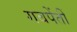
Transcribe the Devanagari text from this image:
गबपेंतीं